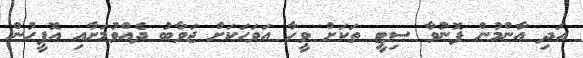
އަދި އާންމުން ފޮނުވާ ސިޓީ ތަކަށް ވީހާ އަވަހަކަށް ޖަވާބު ދެއްވުމަށާއި އޮފީހުން